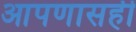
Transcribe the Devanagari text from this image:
आपणासही